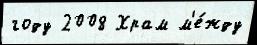
году 2008 Храм м'е́жду